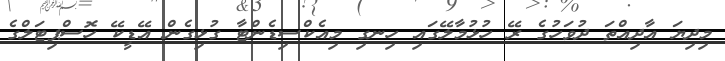
މިދިޔަ އާދިއްތަ ދުވަހުގެ ރޭ ހުޅުމާލޭގައި ހިނގި މިއެކްސިޑެންޓާ ގުޅިގެން އޭޑީކޭ ހޮސްޕިޓަލްގެ